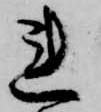
れ